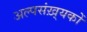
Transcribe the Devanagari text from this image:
अल्पसंख़्यकों